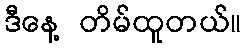
ဒီနေ့ တိမ်ထူတယ်။